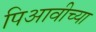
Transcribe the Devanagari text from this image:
पिआवीच्या